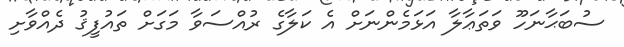
ސުބަޙާނަހޫ ވަތަޢާލާ އަޅަމެންނަށް އެ ކަލާގެ ރުއްސަވާ މަގަށްް ތައުފީޤު ދެއްވާށި